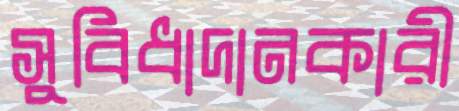
সুবিধাদানকারী